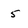
Character: 5